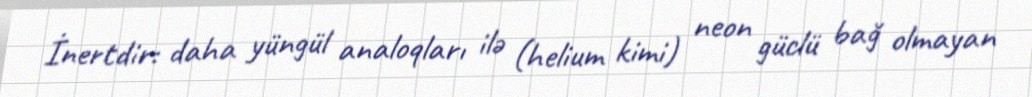
İnertdir: daha yüngül analoqları ilə (helium kimi) neon güclü bağ olmayan